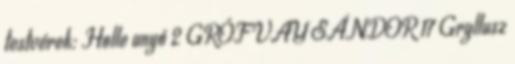
testvérek: Holle anyó 2 GRÓF VAY SÁNDOR 17 Gryllusz